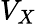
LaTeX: V_{X}